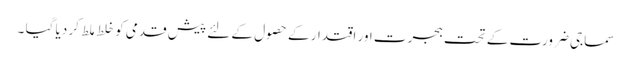
سماجی ضرورت کے تحت ہجرت اور اقتدار کے حصول کے لئے پیش قدمی کو خلط ملط کر دیا گیا ۔